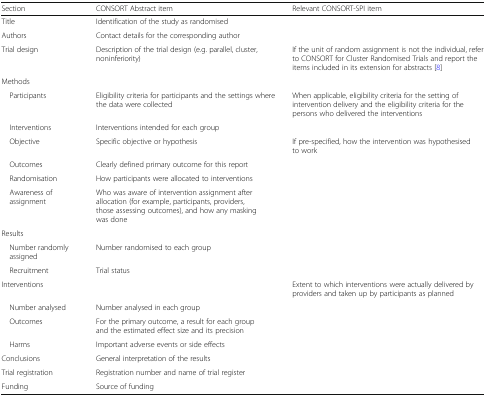
<table><thead><tr><td><b>Section</b></td><td><b>CONSORT Abstract item</b></td><td><b>Relevant CONSORT-SPI item</b></td></tr></thead><tbody><tr><td>Title</td><td>Identification of the study as randomised</td><td></td></tr><tr><td>Authors</td><td>Contact details for the corresponding author</td><td></td></tr><tr><td>Trial design</td><td>Description of the trial design (e.g. parallel, cluster, noninferiority)</td><td>If the unit of random assignment is not the individual, refer to CONSORT for Cluster Randomised Trials and report the items included in its extension for abstracts [8]</td></tr><tr><td colspan="3">Methods</td></tr><tr><td> Participants</td><td>Eligibility criteria for participants and the settings where the data were collected</td><td>When applicable, eligibility criteria for the setting of intervention delivery and the eligibility criteria for the persons who delivered the interventions</td></tr><tr><td> Interventions</td><td>Interventions intended for each group</td><td></td></tr><tr><td> Objective</td><td>Specific objective or hypothesis</td><td>If pre-specified, how the intervention was hypothesised to work</td></tr><tr><td> Outcomes</td><td>Clearly defined primary outcome for this report</td><td></td></tr><tr><td> Randomisation</td><td>How participants were allocated to interventions</td><td></td></tr><tr><td> Awareness of assignment</td><td>Who was aware of intervention assignment after allocation (for example, participants, providers, those assessing outcomes), and how any masking was done</td><td></td></tr><tr><td colspan="3">Results</td></tr><tr><td> Number randomly assigned</td><td>Number randomised to each group</td><td></td></tr><tr><td> Recruitment</td><td>Trial status</td><td></td></tr><tr><td>Interventions</td><td></td><td>Extent to which interventions were actually delivered by providers and taken up by participants as planned</td></tr><tr><td> Number analysed</td><td>Number analysed in each group</td><td></td></tr><tr><td> Outcomes</td><td>For the primary outcome, a result for each group and the estimated effect size and its precision</td><td></td></tr><tr><td> Harms</td><td>Important adverse events or side effects</td><td></td></tr><tr><td>Conclusions</td><td>General interpretation of the results</td><td></td></tr><tr><td>Trial registration</td><td>Registration number and name of trial register</td><td></td></tr><tr><td>Funding</td><td>Source of funding</td><td></td></tr></tbody></table>